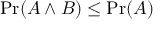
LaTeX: \operatorname* { P r } ( A \land B ) \leq \operatorname* { P r } ( A )